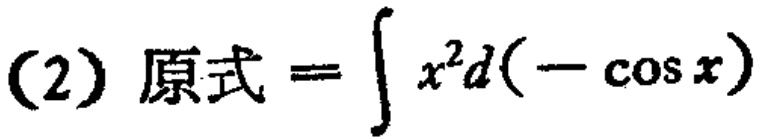
(2) 原式 = \(\int x^{2}d(-\cos x)\)